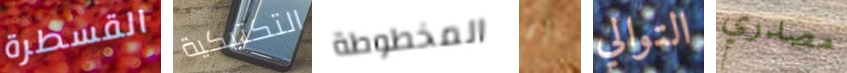
القسطرة التكتيكية المخطوطة إن التوالي مصدري